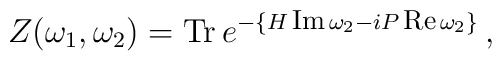
Z(\omega_{1},\omega_{2})=\textrm{Tr}\,e^{-\{H\,\footnotesize\textrm{Im}\normalsize\,\omega_{2}-iP\,\footnotesize\textrm{Re}\normalsize\,\omega_{2}\}}\,,